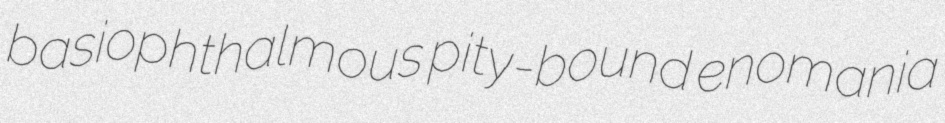
basiophthalmous pity-bound enomania